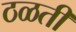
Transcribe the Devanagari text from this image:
ठळती